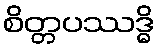
စိတ္တပဿဒ္ဓိ